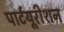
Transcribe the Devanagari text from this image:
पार्टयूरीशन